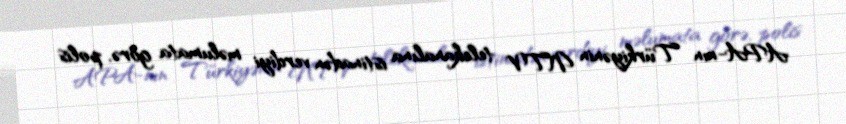
APA-nın Türkiyənin NTV telekanalına istinadən verdiyi məlumata görə, polis